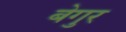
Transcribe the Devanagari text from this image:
बेगुर